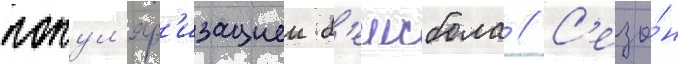
попул'яр'изациеи б'еисбола // С'езо́н